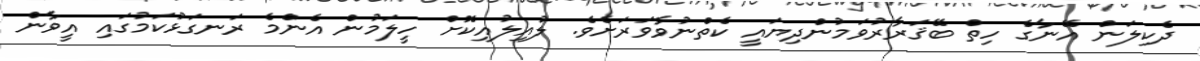
ދެކިލަން އޭނާގެ ހިތް ބޭޤަރާރުވަމުންދިޔައީ ކެތްނުވާވަރަށެވެ. ލުއިލުއިކޮށް ހީލަމުން އެންމެ ރަނގަޅުކަމުގައި އީވާން